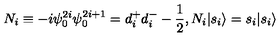
N _ { i } \equiv - i \psi _ { 0 } ^ { 2 i } \psi _ { 0 } ^ { 2 i + 1 } = d _ { i } ^ { + } d _ { i } ^ { - } - \frac { 1 } { 2 } , N _ { i } | { s _ { i } } \rangle = s _ { i } | { s _ { i } } \rangle